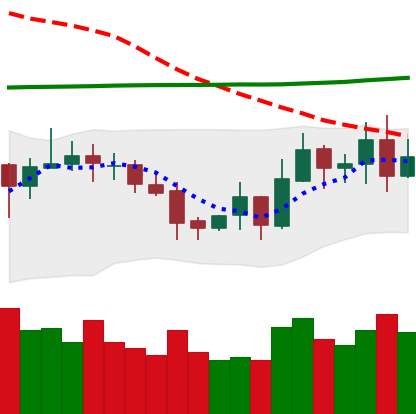
Ticker: EOS-USD
Chart end date: 2020-10-27
Forward return: -5.717%
Label: down_5_7